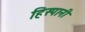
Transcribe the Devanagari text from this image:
हिस्पानी